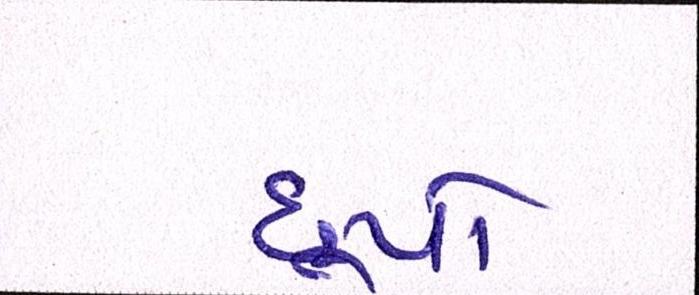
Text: છૂપો